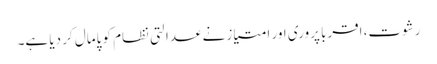
رشوت، اقربا پروری اور امتیاز نے عدالتی نظام کو پامال کر دیا ہے۔